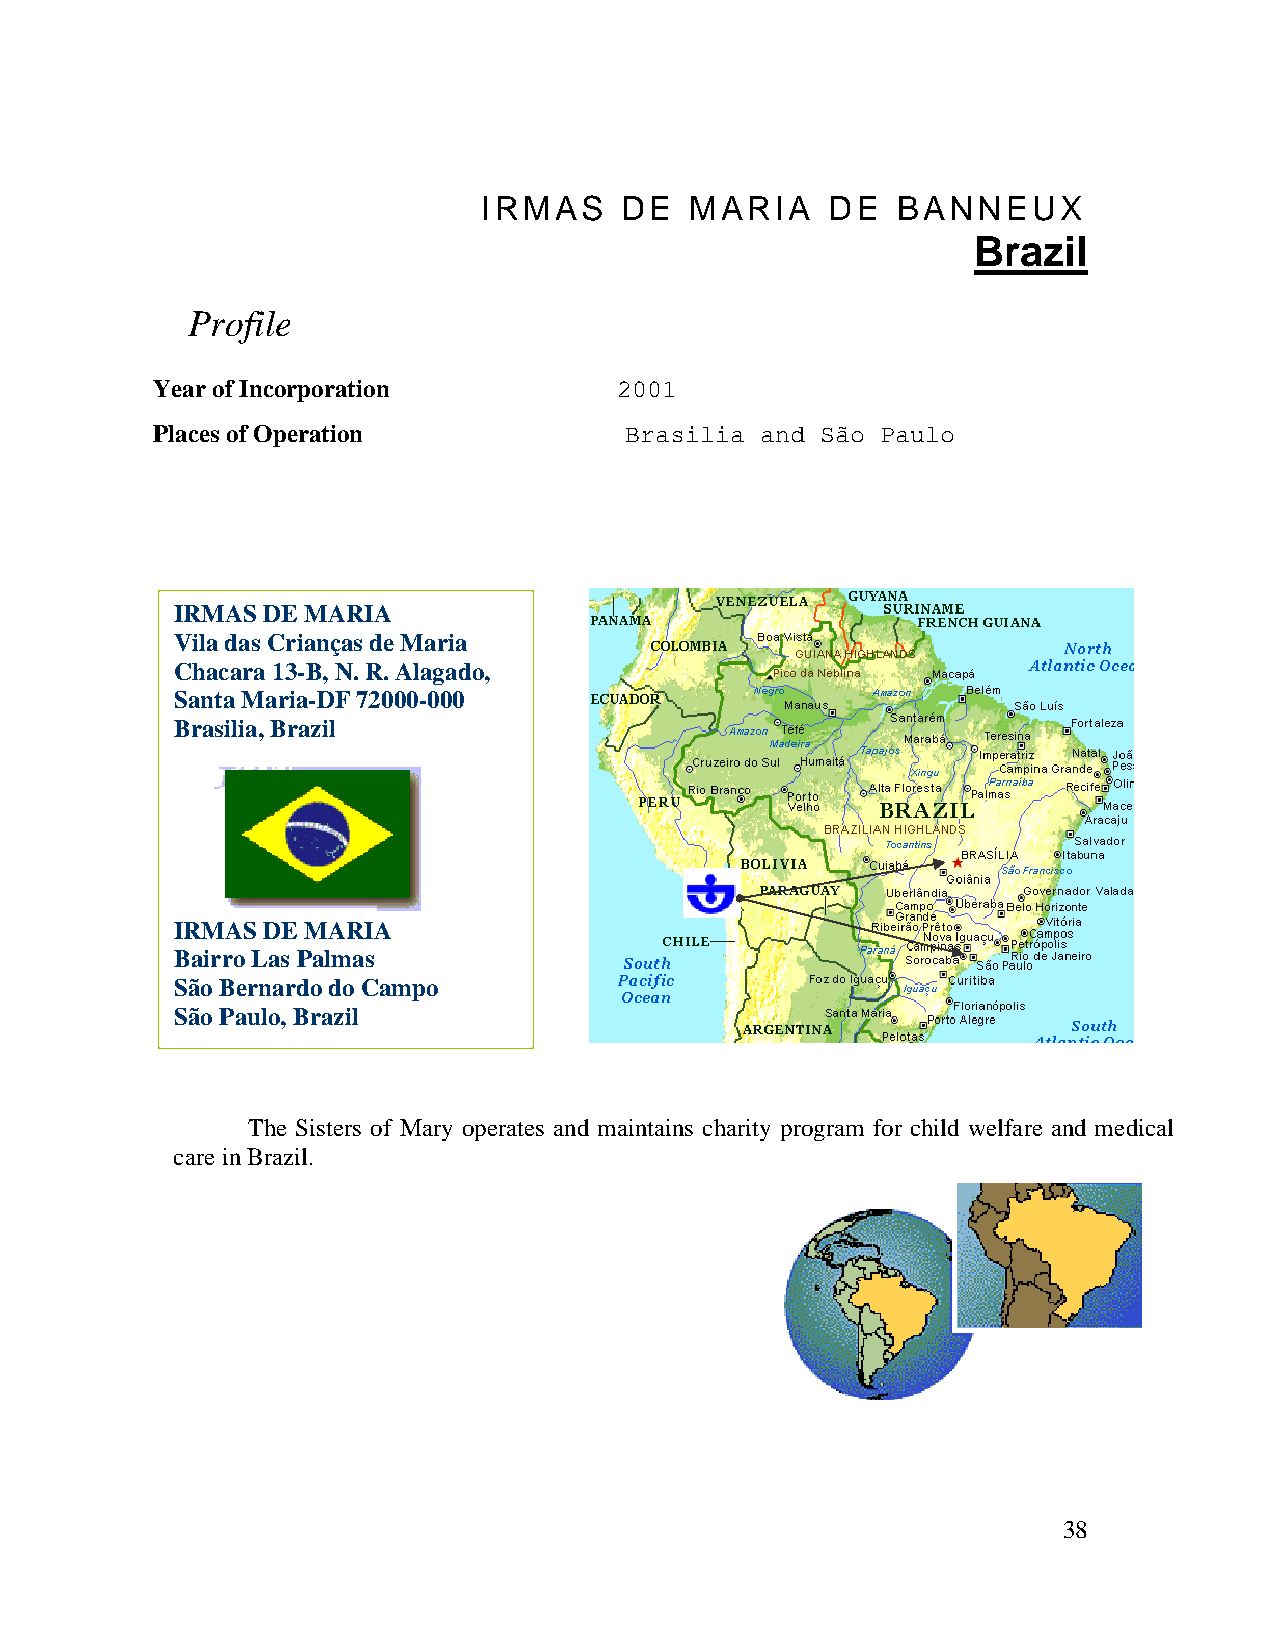
IRMAS    DE   MARIA    DE  BANNEUX
 Brazil
 Profile
 Year of Incorporation          2001
 Places of Operation            Brasilia and São Paulo
 IRMAS DE MARIA
 Vila das Crianças de Maria
 Chacara 13-B, N. R. Alagado,
 Santa Maria-DF 72000-000
 Brasilia, Brazil
 IRMAS DE MARIA
 Bairro Las Palmas
 São Bernardo do Campo
 São Paulo, Brazil
 The Sisters of Mary operates and maintains charity program for child welfare and medical
 care in Brazil.
 38